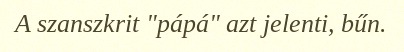
A szanszkrit "pápá" azt jelenti, bűn.